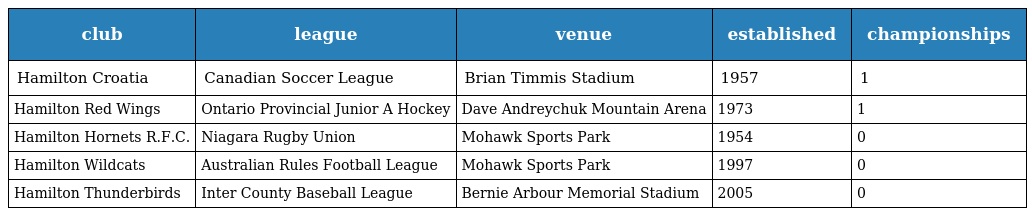
| club | league | venue | established | championships |
 | --- | --- | --- | --- | --- |
 | Hamilton Croatia | Canadian Soccer League | Brian Timmis Stadium | 1957 | 1 |
 | Hamilton Red Wings | Ontario Provincial Junior A Hockey | Dave Andreychuk Mountain Arena | 1973 | 1 |
 | Hamilton Hornets R.F.C. | Niagara Rugby Union | Mohawk Sports Park | 1954 | 0 |
 | Hamilton Wildcats | Australian Rules Football League | Mohawk Sports Park | 1997 | 0 |
 | Hamilton Thunderbirds | Inter County Baseball League | Bernie Arbour Memorial Stadium | 2005 | 0 |